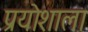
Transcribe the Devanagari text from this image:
प्रयोशाला